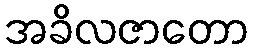
အခိလဇာတော